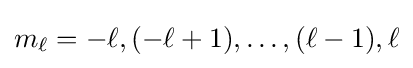
m_{\ell }=-\ell ,(-\ell +1),\ldots ,(\ell -1),\ell